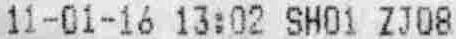
11-01-16 13:02 SH01 ZJ08